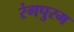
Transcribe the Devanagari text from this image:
रंगपुरम